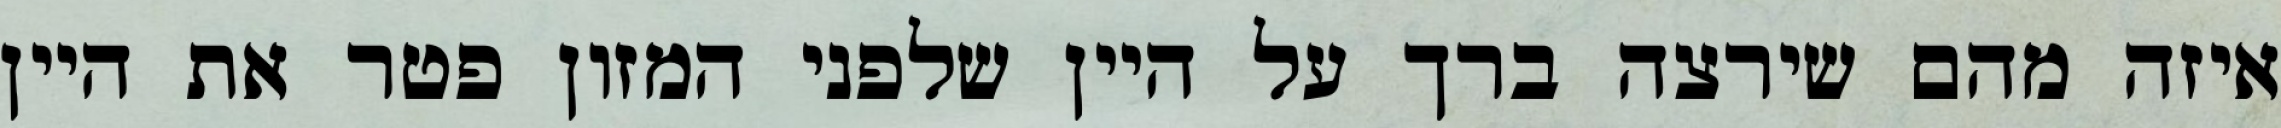
איזה מהם שירצה ברך על היין שלפני המזון פטר את היין